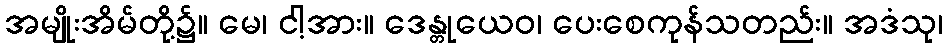
အမျိုးအိမ်တို့၌။ မေ၊ ငါ့အား။ ဒေန္တုယေဝ၊ ပေးစေကုန်သတည်း။ အဒံသု၊